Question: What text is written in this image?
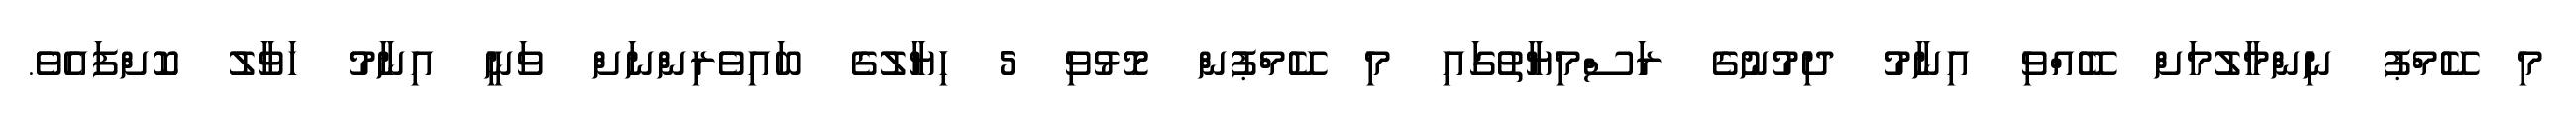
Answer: މި ކޭމްޕު ނިންމާލުމަށް ބޭއްވި އިނާމު ދިމުނުގެ ރަސްމިޔާތުގައި މި ކޭމްޕުން މޮޅުވި 5 ހިޔާލުގެ ބައިވެރިންނަށް ވަނީ އިނާމު ހަވާލު ކޮށްފައެވެ.